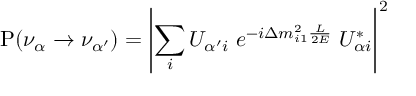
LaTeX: \mathrm { P } ( \nu _ { \alpha } \to \nu _ { \alpha ^ { \prime } } ) = \left| \sum _ { i } U _ { { \alpha ^ { \prime } } i } \; e ^ { - i \Delta m _ { i 1 } ^ { 2 } \frac { L } { 2 E } } \; U _ { { \alpha } i } ^ { * } \right| ^ { 2 }